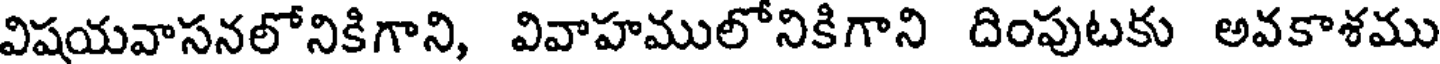
విషయవాసనలోనికిగాని, వివాహములోనికిగాని దింపుటకు అవకాశము